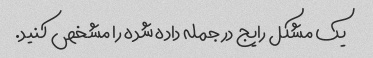
یک مشکل رایج در جمله داده شده را مشخص کنید.